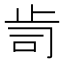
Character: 𭭟